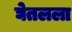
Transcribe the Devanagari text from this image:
घेतलला